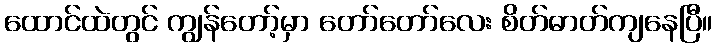
ထောင်ထဲတွင် ကျွန်တော့်မှာ တော်တော်လေး စိတ်ဓာတ်ကျနေပြီ။